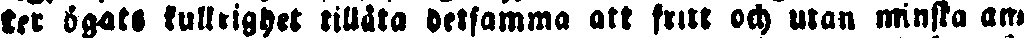
ter ögats kullrighet tillåta detsamma att fritt och utan minska an-